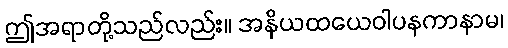
ဤအရာတို့သည်လည်း။ အနိယထယေဝါပနကာနာမ၊